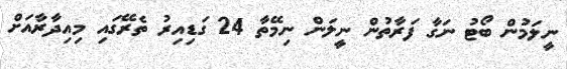
ނީލަމުން ބޯޓު ނަގާ ފަރާތުން ނީލަން ނިމޭތާ 24 ގަޑިއިރު ތެރޭގައި މިއިދާރާއަށް